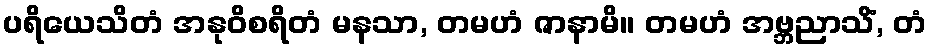
ပရိယေသိတံ အနုဝိစရိတံ မနသာ, တမဟံ ဇာနာမိ။ တမဟံ အဗ္ဘညာသိံ, တံ